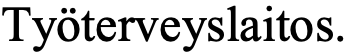
Työterveyslaitos.